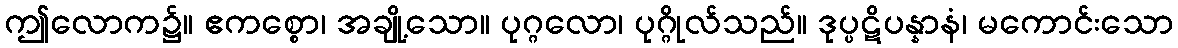
ဤလောက၌။ ဧကစ္စော၊ အချို့သော။ ပုဂ္ဂလော၊ ပုဂ္ဂိုလ်သည်။ ဒုပ္ပဋိပန္နာနံ၊ မကောင်းသော